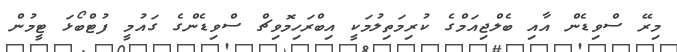
މިރޭ ސްވިޑެން އާއި ބެލްޖިއަމްގެ ކުރިމަތިލުމަކީ އިބްރަހިމޮވިޗް ސްވިޑެންގެ ގައުމީ ފުޓްބޯޅަ ޓީމުން